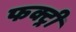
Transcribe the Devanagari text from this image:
फक्ट्री